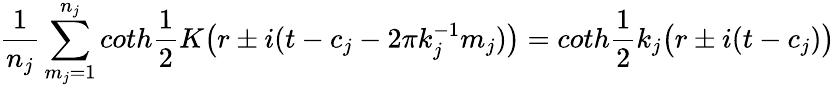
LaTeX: \frac{1}{n_{j}}\sum_{m_{j}=1}^{n_{j}}coth\frac{1}{2}K\bigl(r\pm i(t-c_{j}-2\pi k_{j}^{-1}m_{j})\bigr)=coth\frac{1}{2}k_{j}\bigl(r\pm i(t-c_{j})\bigr)